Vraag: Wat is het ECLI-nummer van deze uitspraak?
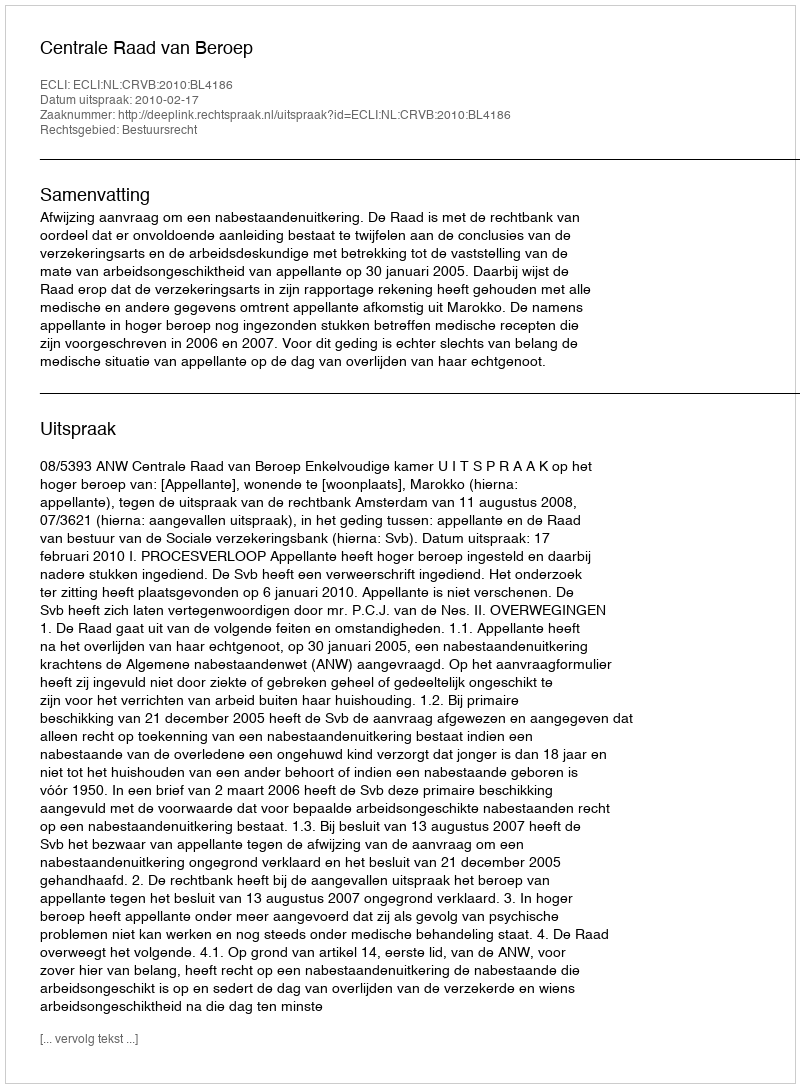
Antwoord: ECLI:NL:CRVB:2010:BL4186